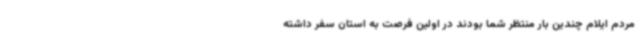
مردم ایلام چندین بار منتظر شما بودند در اولین فرصت به استان سفر داشته